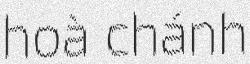
hoà chánh